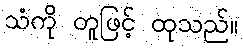
သံကို တူဖြင့် ထုသည်။